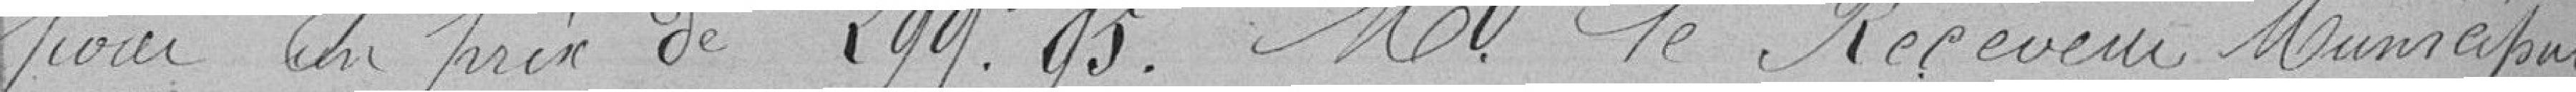
pour un prix de 299,95. Monsieur le Receveur Municipal